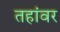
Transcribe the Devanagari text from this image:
तहांवर